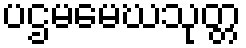
ပဌမမေဃသုတ္တ